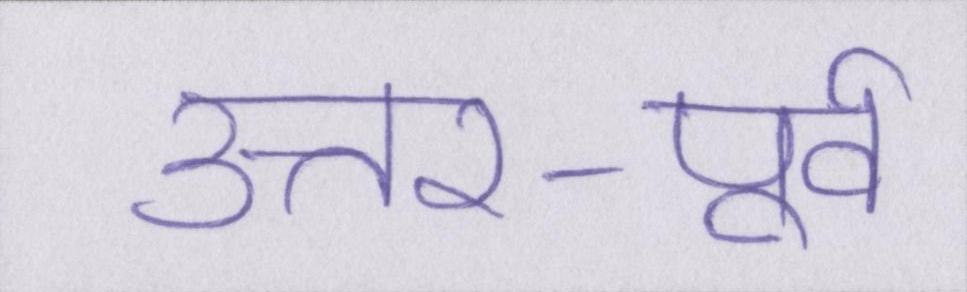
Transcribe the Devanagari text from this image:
उत्तर-पूर्व